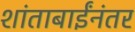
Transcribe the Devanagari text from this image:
शांताबाईंनंतर